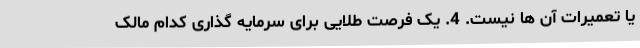
یا تعمیرات آن ها نیست. 4. یک فرصت طلایی برای سرمایه گذاری کدام مالک